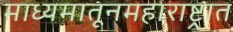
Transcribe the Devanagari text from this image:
माध्यमातूनमहाराष्ट्रात